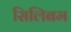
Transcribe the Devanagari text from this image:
सिलिबम